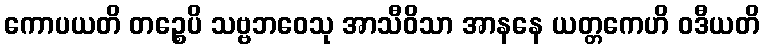
ကောပယတိ တဉ္စေပိ သဗ္ဗဘဝေသု အာသီဝိသာ အာနနေ ယတ္တကေဟိ ဝဒီယတိ